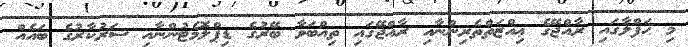
މި ޙަފްލާގައި ރާއްޖޭގެ ޢިއްޒަތްތެރިންނާއި ރާއްޖޭގައި ތިއްބަވާ ބޭރުގެ ޑިޕްލޮމެޓުންނާއި ސަރުކާރުގެ ބައެއް